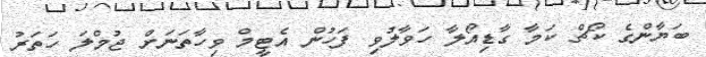
ބަޔާންގެ ކޯޗް ކަމާ ގާޑިއޯލާ ހަވާލުވި ފަހުން އެޓީމް ވިހާތަނަށް ޖުމްލަ ހަތަރު